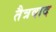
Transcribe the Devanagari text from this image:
तैत्रवाद